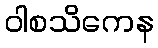
ဝါစသိကေန